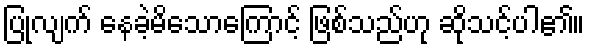
ပြုလျက် နေခဲ့မိသောကြောင့် ဖြစ်သည်ဟု ဆိုသင့်ပါ၏။